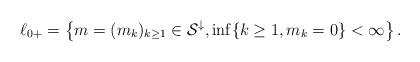
LaTeX: \begin{align*}\ell_{0+} = \left\lbrace m = (m_k)_{k\geq 1} \in \mathcal S^{\downarrow}, \inf\{k\geq 1, m_k = 0\} < \infty\right\rbrace. \end{align*}